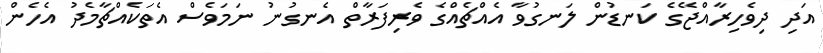
އަދި ދިވެހިރާއްޖޭގެ ކަނޑުން ލަނގުވާ އެއްޗެއްގެ ވެރިފަރާތް އެނގުނު ނަމަވެސް އެތަކެއްޗާމެދު އެހެން